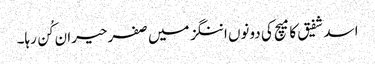
اسد شفیق کا میچ کی دونوں اننگز میں صفر حیران کُن رہا۔